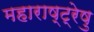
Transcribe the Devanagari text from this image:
महाराष्ट्रेषु